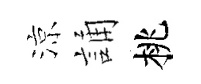
涼誦桃